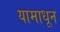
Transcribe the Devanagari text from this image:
यामाधून